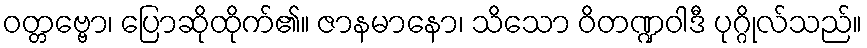
ဝတ္တဗ္ဗော၊ ပြောဆိုထိုက်၏။ ဇာနမာနော၊ သိသော ဝိတဏ္ဍဝါဒီ ပုဂ္ဂိုလ်သည်။